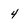
Character: 4